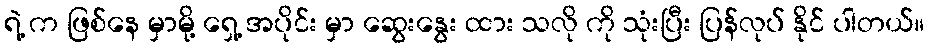
ရဲ့ က ဖြစ်နေ မှာမို့ ရှေ့ အပိုင်း မှာ ဆွေးနွေး ထား သလို ကို သုံးပြီး ပြန်လုပ် နိုင် ပါတယ်။